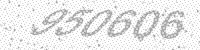
Solution: 950606